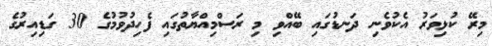
މިރޭ ކުޅިވަރު އެކުވެނި ދަނޑުގައި ބޭއްވި މި ރަސްމިއްޔާތުގައި ފެހިދުވުމުގެ 30 ގަޑިއިރުގެ